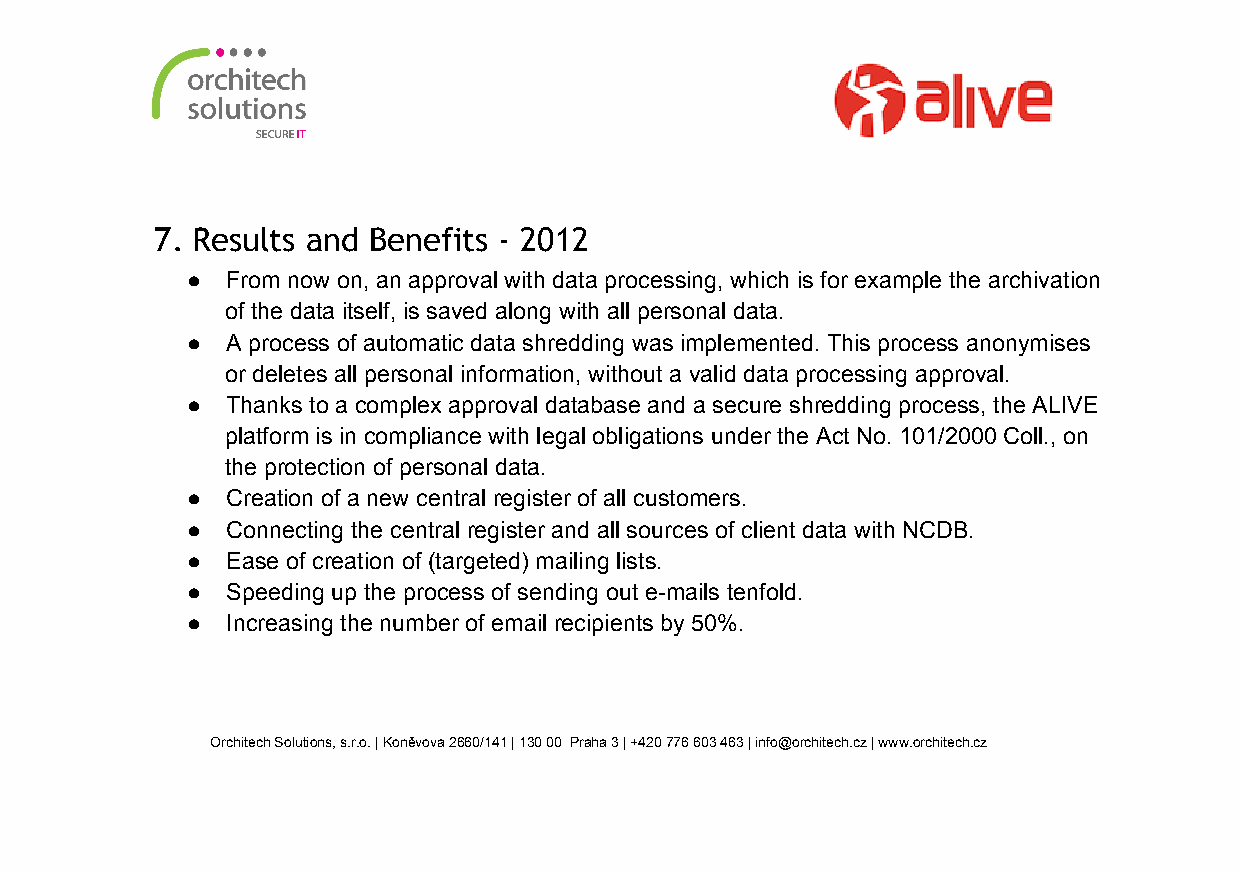
7. Results and Benefits - 2012
 ●  From now on, an approval with data processing, which is for example the archivation
 of the data itself, is saved along with all personal data.
 ●  A process of automatic data shredding was implemented. This process anonymises
 or deletes all personal information, without a valid data processing approval.
 ●  Thanks to a complex approval database and a secure shredding process, the ALIVE
 platform is in compliance with legal obligations under the Act No. 101/2000 Coll., on
 the protection of personal data.
 ●  Creation of a new central register of all customers.
 ●  Connecting the central register and all sources of client data with NCDB.
 ●  Ease of creation of (targeted) mailing lists.
 ●  Speeding up the process of sending out e­mails tenfold.
 ●  Increasing the number of email recipients by 50%.
 Orchitech Solutions, s.r.o. | Koněvova 2660/141 | 130 00 Praha 3 | +420 776 603 463 | info@orchitech.cz | www.orchitech.cz